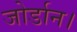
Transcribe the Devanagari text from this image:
जोर्डान।